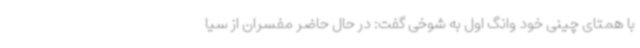
با همتای چینی خود وانگ اول به شوخی گفت: در حال حاضر مفسران از سیا